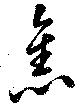
舊